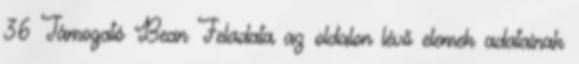
36 Támogató Bean Feladata az oldalon lévő elemek adatainak